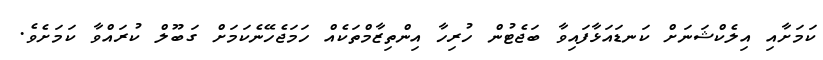
ކަމަށާއި އިލެކްޝަނަށް ކަނޑައަޅާފައިވާ ބަޖެޓުން ހުރިހާ އިންތިޒާމްތަކެއް ހަމަޖެހޭނެކަމަށް ގަބޫލް ކުރައްވާ ކަމަށެވެ.